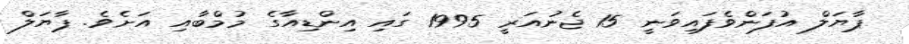
ޕާޔަލް އުފަންވެފައިވަނީ 15 ޖެނުއަރީ 1995 ގައި އިންޑިއާގެ މުމްބާއި އަށެވެ. ޕާޔަލް